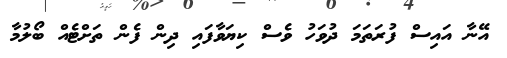
އޭނާ އައިސް ފުރަތަމަ ދުވަހު ވެސް ކިޔަވާފައި ދިން ފެން ތަށްޓެއް ބޯލުމާ